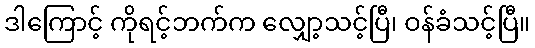
ဒါကြောင့် ကိုရင့်ဘက်က လျှော့သင့်ပြီ၊ ဝန်ခံသင့်ပြီ။